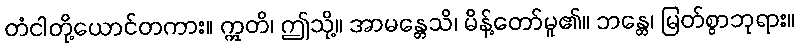
တံငါတို့ယောင်တကား။ ဣတိ၊ ဤသို့။ အာမန္တေသိ၊ မိန့်တော်မူ၏။ ဘန္တေ၊ မြတ်စွာဘုရား။